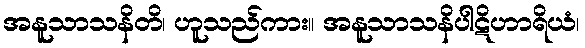
အနူသာသနိတိ၊ ဟူသည်ကား။ အနူသာသနိပါဋိဟာရိယံ၊